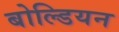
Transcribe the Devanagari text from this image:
बोल्डियन